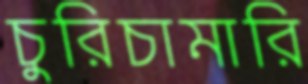
চুরিচামারি